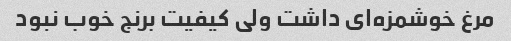
مرغ خوشمزه‌ای داشت ولی کیفیت برنج خوب نبود